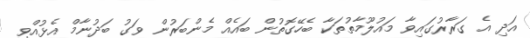
އަދި އެ ގަރާރުގައިވާ މައުލޫމާތުތަކާ ބެހޭގޮތުން ބައެއް މެންބަރުން ވަގު ބަދުނާމް އެޅުއްވި